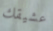
عشيقك